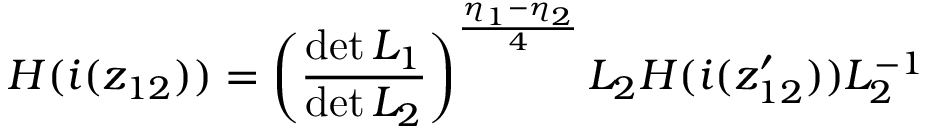
H ( i ( z _ { 1 2 } ) ) = \left( \frac { \operatorname * { d e t } L _ { 1 } } { \operatorname * { d e t } L _ { 2 } } \right) ^ { \frac { \eta _ { 1 } - \eta _ { 2 } } { 4 } } L _ { 2 } H ( i ( z _ { 1 2 } ^ { \prime } ) ) L _ { 2 } ^ { - 1 }